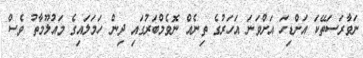
ނަވާރަސަތޭކަ އަށްޑިހަ އަށްވަނަ އަހަރުގެ ތިނެއް ނޮވެމްބަރުގައި ދިން ހަމަލައިގެ މައުލޫމާތު ވެސް